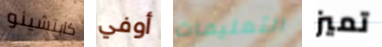
كابتشينو أوفي التعليمات تميز